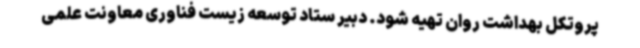
پروتکل بهداشت روان تهیه شود. دبیر ستاد توسعه زیست فناوری معاونت علمی